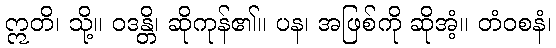
ဣတိ၊ သို့။ ဝဒန္တိ၊ ဆိုကုန်၏။ ပန၊ အဖြစ်ကို ဆိုအံ့။ တံဝစနံ၊